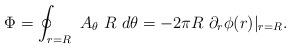
LaTeX: \begin{align*}\Phi =\oint_{r=R}\ A_\theta \ R\ d\theta=-2\pi R\ \partial _r\phi (r) \vert _{r=R}.\end{align*}